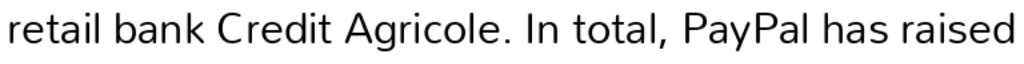
retail bank Credit Agricole. In total, PayPal has raised